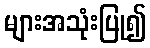
များအသုံးပြု၍